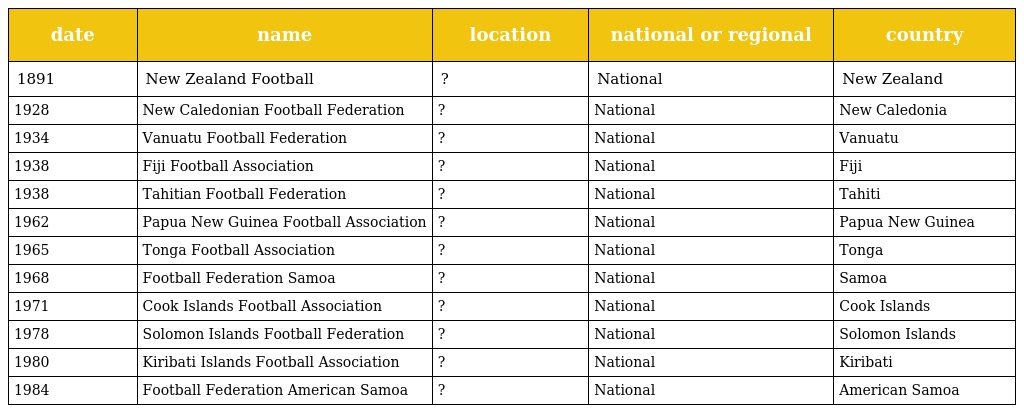
| date | name | location | national or regional | country |
 | --- | --- | --- | --- | --- |
 | 1891 | New Zealand Football | ? | National | New Zealand |
 | 1928 | New Caledonian Football Federation | ? | National | New Caledonia |
 | 1934 | Vanuatu Football Federation | ? | National | Vanuatu |
 | 1938 | Fiji Football Association | ? | National | Fiji |
 | 1938 | Tahitian Football Federation | ? | National | Tahiti |
 | 1962 | Papua New Guinea Football Association | ? | National | Papua New Guinea |
 | 1965 | Tonga Football Association | ? | National | Tonga |
 | 1968 | Football Federation Samoa | ? | National | Samoa |
 | 1971 | Cook Islands Football Association | ? | National | Cook Islands |
 | 1978 | Solomon Islands Football Federation | ? | National | Solomon Islands |
 | 1980 | Kiribati Islands Football Association | ? | National | Kiribati |
 | 1984 | Football Federation American Samoa | ? | National | American Samoa |